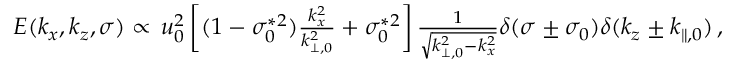
\begin{array} { r } { E ( k _ { x } , k _ { z } , \sigma ) \propto \, u _ { 0 } ^ { 2 } \left[ ( 1 - \sigma _ { 0 } ^ { * 2 } ) \frac { k _ { x } ^ { 2 } } { k _ { \perp , 0 } ^ { 2 } } + \sigma _ { 0 } ^ { * 2 } \right] \frac { 1 } { \sqrt { k _ { \perp , 0 } ^ { 2 } - k _ { x } ^ { 2 } } } \delta ( \sigma \pm \sigma _ { 0 } ) \delta ( k _ { z } \pm k _ { \parallel , 0 } ) \, , } \end{array}